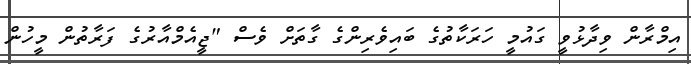
އިމްރާން ވިދާޅުވީ ގައުމީ ހަރަކާތުގެ ބައިވެރިންގެ ގާތަށް ވެސް "ޖީއެމްއާރުގެ ފަރާތުން މީހުން